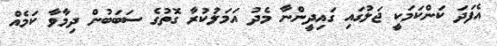
އެފަދަ ކަންކަމަކީ ޖަލުގައި ގައިދީންނާ މެދު އަމަލުކުރާ ގޮތުގެ ސަބަބުން ދިމާވާ ކަމެއް